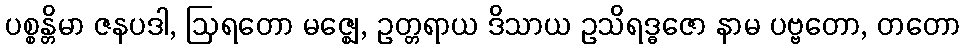
ပစ္စန္တိမာ ဇနပဒါ, ဩရတော မဇ္ဈေ, ဥတ္တရာယ ဒိသာယ ဥသိရဒ္ဓဇော နာမ ပဗ္ဗတော, တတော